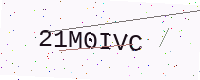
Text: 21M0IVC